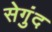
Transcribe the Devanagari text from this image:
सेगुंद